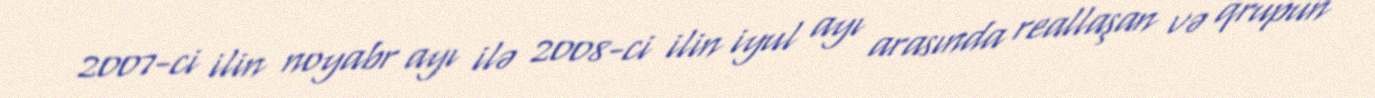
2007-ci ilin noyabr ayı ilə 2008-ci ilin iyul ayı arasında reallaşan və qrupun